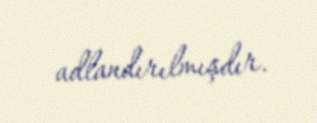
adlandırılmışdır.